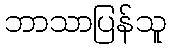
ဘာသာပြန်သူ